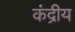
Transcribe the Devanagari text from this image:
कंद्रीय